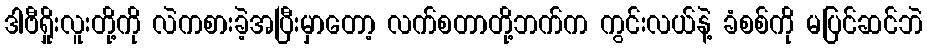
ဒါဗီရှိုးလူးတို့ကို လဲကစားခဲ့အပြီးမှာတော့ လက်စတာတို့ဘက်က ကွင်းလယ်နဲ့ ခံစစ်ကို မပြင်ဆင်ဘဲ